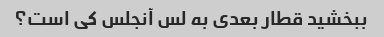
ببخشید قطار بعدی به لس آنجلس کی است؟